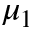
\mu _ { 1 }